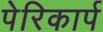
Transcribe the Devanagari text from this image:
पेरिकार्प